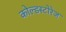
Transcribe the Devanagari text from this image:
कोल्डस्टोरेज